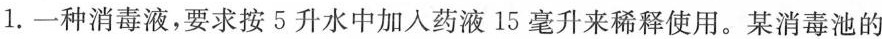
1.一种消毒液，要求按5升水中加人药液15毫升来稀释使用。某消毒池的